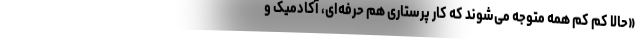
«حالا کم کم همه متوجه می‌شوند که کار پرستاری هم حرفه‌ای، آکادمیک و